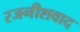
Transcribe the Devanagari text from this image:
रजनीशवाद